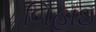
બિહાઇ